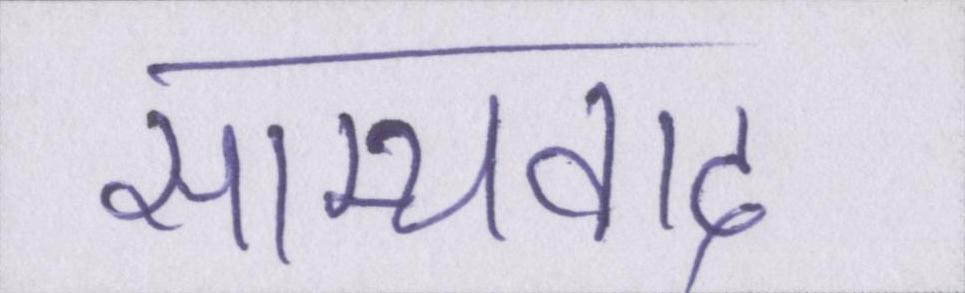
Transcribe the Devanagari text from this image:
साम्यवाद